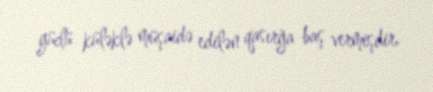
güclü küləklə müşaidə edilən qasırğa baş vermişdir.